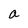
Character: a